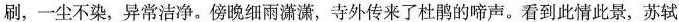
刷，一尘不染，异常洁净。傍晚细雨潇潇，寺外传来了杜鹃的啼声。看到此情此景，苏轼